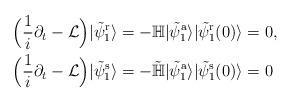
\begin{align*}&\Big(\frac{1}{i}\partial_t-\mathcal{L}\Big)|\tilde{\psi}_1^\mathrm{r}\rangle=-\mathbb{H}|\tilde{\psi}_1^\mathrm{a}\rangle|\tilde{\psi}_1^\mathrm{r}(0)\rangle=0,\\&\Big(\frac{1}{i}\partial_t-\mathcal{L}\Big)|\tilde{\psi}_1^\mathrm{s}\rangle=-\tilde{\mathbb{H}}|\tilde{\psi}_1^\mathrm{a}\rangle|\tilde{\psi}_1^\mathrm{s}(0)\rangle=0\end{align*}